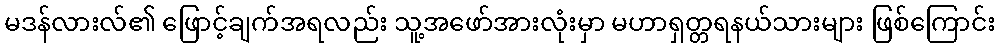
မဒန်လားလ်၏ ဖြောင့်ချက်အရလည်း သူ့အဖော်အားလုံးမှာ မဟာရှတ္တရနယ်သားများ ဖြစ်ကြောင်း